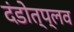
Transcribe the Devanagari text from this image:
दंडोत्प्लव